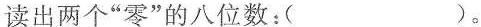
读出两个”零”的八位数：( )。